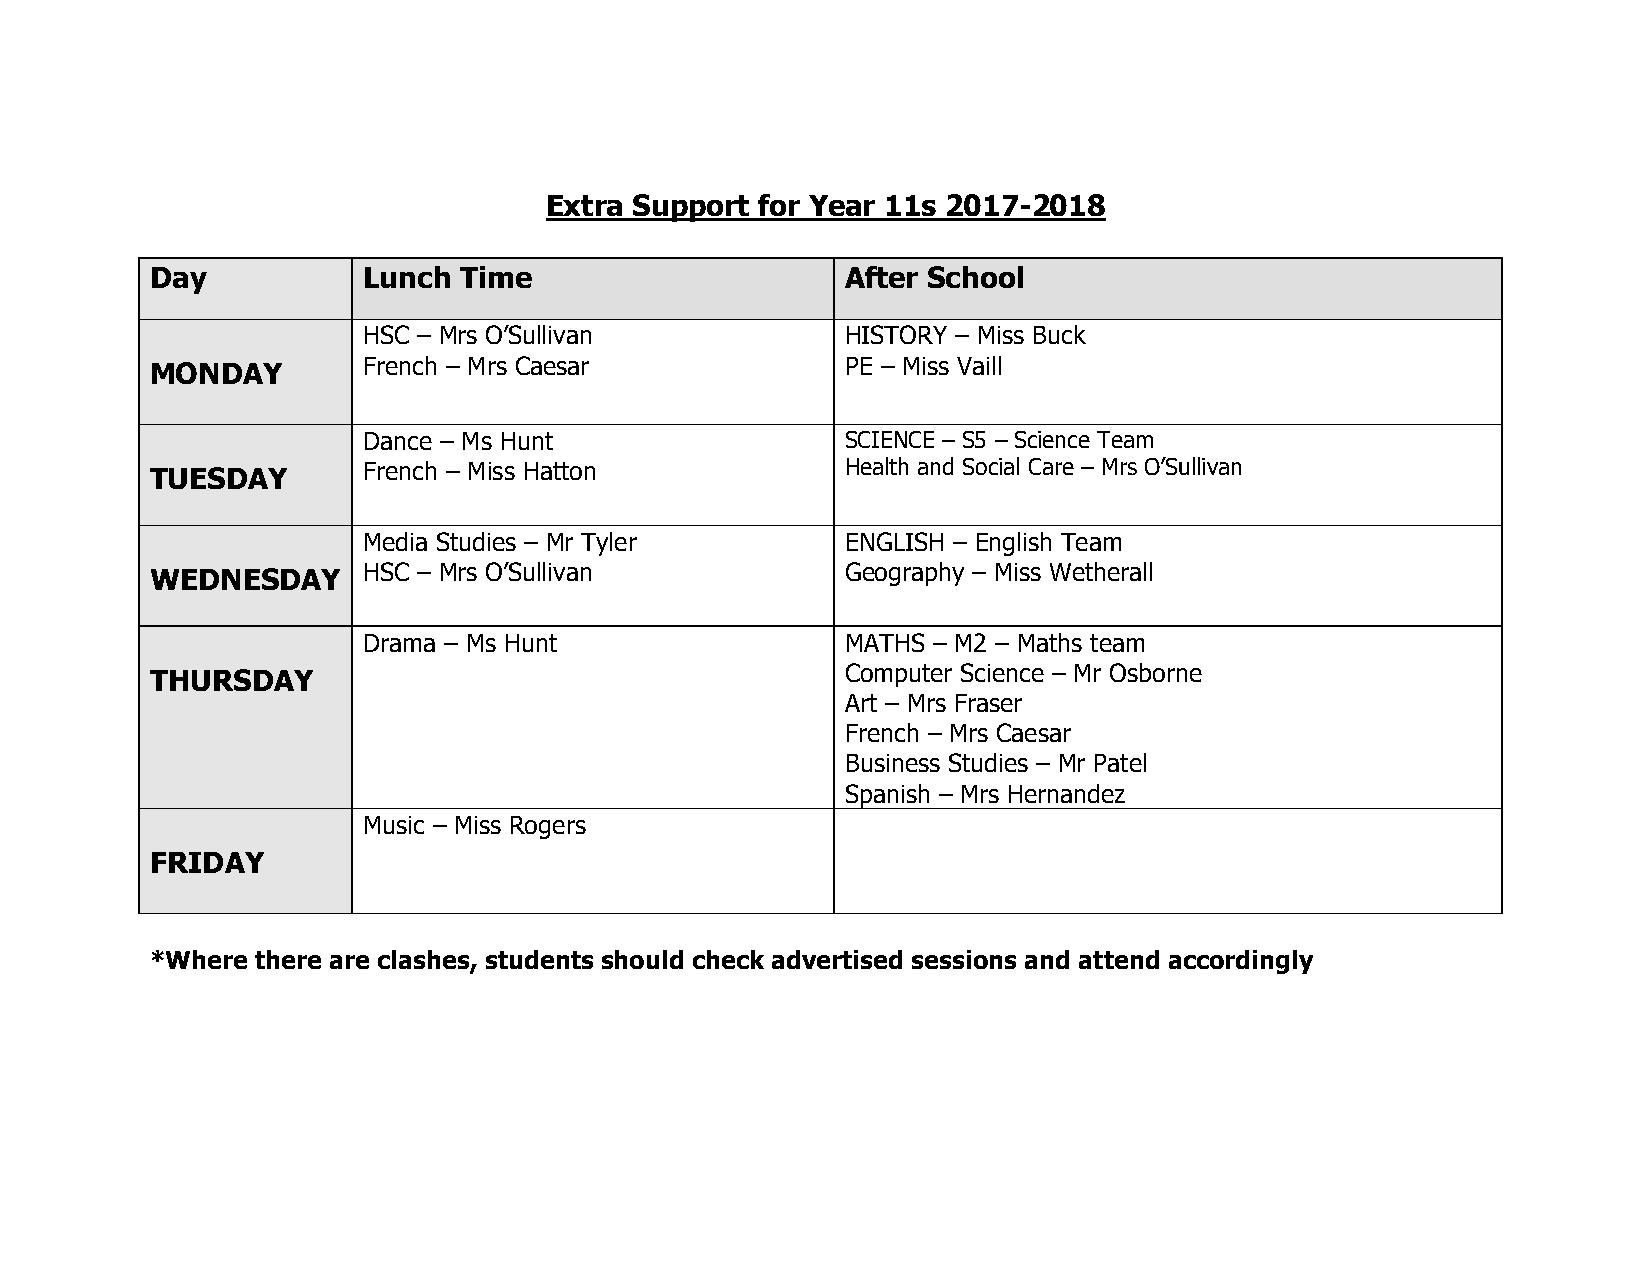
Extra Support for Year 11s 2017-2018
 Day           Lunch Time                      After School
 HSC – Mrs O’Sullivan            HISTORY – Miss Buck
 MONDAY        French – Mrs Caesar             PE – Miss Vaill
 Dance – Ms Hunt                 SCIENCE – S5 – Science Team
 TUESDAY       French – Miss Hatton            Health and Social Care – Mrs O’Sullivan
 Media Studies – Mr Tyler        ENGLISH – English Team
 WEDNESDAY     HSC – Mrs O’Sullivan            Geography – Miss Wetherall
 Drama – Ms Hunt                 MATHS – M2 – Maths team
 THURSDAY                                      Computer Science – Mr Osborne
 Art – Mrs Fraser
 French – Mrs Caesar
 Business Studies – Mr Patel
 Spanish – Mrs Hernandez
 Music – Miss Rogers
 FRIDAY
 *Where there are clashes, students should check advertised sessions and attend accordingly